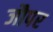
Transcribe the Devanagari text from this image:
जौपर